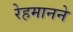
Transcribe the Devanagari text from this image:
रेहमानने